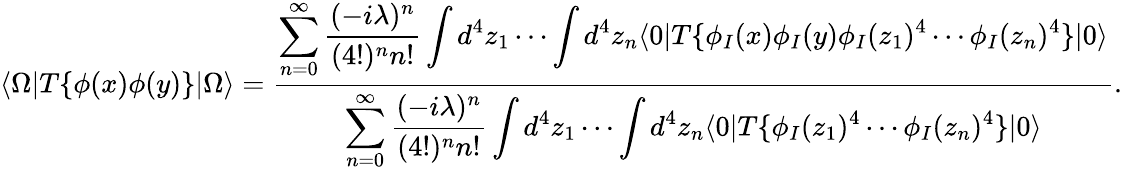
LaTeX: \langle\Omega|T\{ \phi(x)\phi(y)\} |\Omega\rangle={\frac{\displaystyle\sum_{n=0}^{\infty}{\frac{(-i\lambda)^{n}}{(4!)^{n}n!}}\int d^{4}z_{1}\cdots\int d^{4}z_{n}\langle 0|T\{ \phi_{I}(x)\phi_{I}(y)\phi_{I}(z_{1})^{4}\cdots\phi_{I}(z_{n})^{4}\} |0\rangle}{\displaystyle\sum_{n=0}^{\infty}{\frac{(-i\lambda)^{n}}{(4!)^{n}n!}}\int d^{4}z_{1}\cdots\int d^{4}z_{n}\langle 0|T\{ \phi_{I}(z_{1})^{4}\cdots\phi_{I}(z_{n})^{4}\} |0\rangle}}.